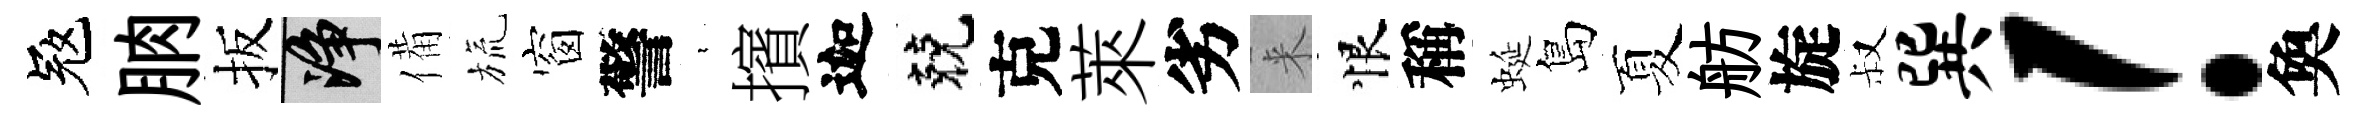
冦朒扳净備旒窗警裊擯迦兢克萊劣来恨稱蜒島夏舫旋叔巽！奐